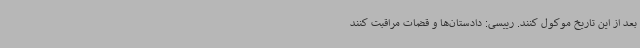
بعد از این تاریخ موکول کنند. رییسی: دادستان‌ها و قضات مراقبت کنند